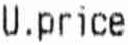
U.PRICE